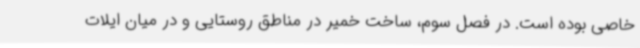
خاصی بوده است. در فصل سوم، ساخت خمیر در مناطق روستایی و در میان ایلات